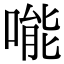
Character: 𠹌